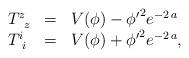
LaTeX: \begin{align*}\left. \begin{array}{lcl}T^{z}_{\;\; z} &=& V(\phi) - {{{{{\phi'}}^2}} {{e^{-2\,a}}}}\\T^{i}_{\;\, i} &=& V(\phi)+ {{{{{\phi'}}^2}} {{e^{-2\,a}}}}, \end{array}\right.\end{align*}